Lock hospitals Punjab
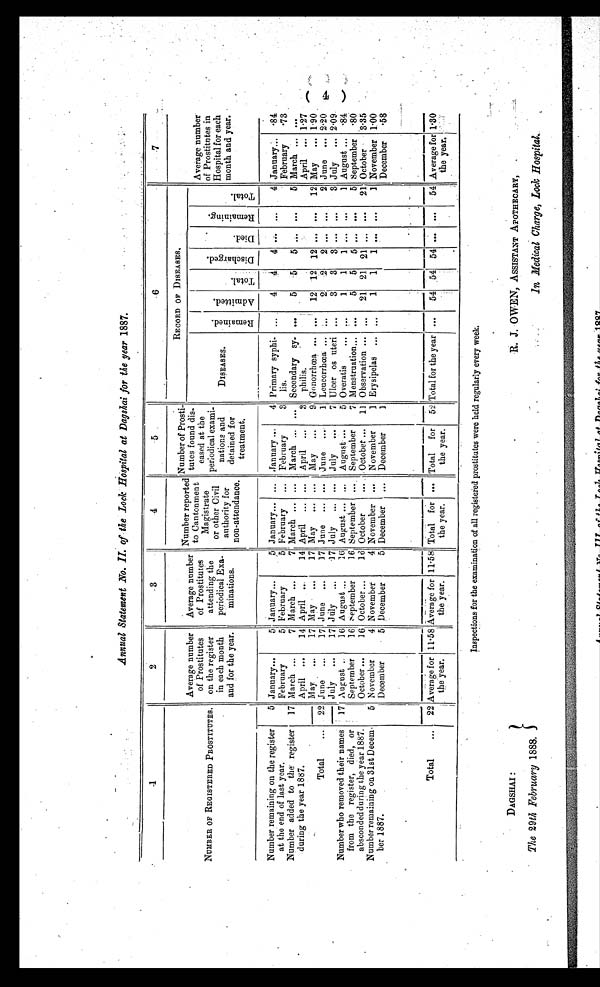
R. J. OWEN, ASSISTANT APOTHECARY,
in Medical Charge, Lock Hospital..
Annual Statement No. II. of the Lock Hospital at Dagshai for the year 1887.
1
2
3
4
5
6
7
NUMBER OF REGISTERED PROSTITUTES.
Average number
of Prostitutes
on the register
in each month
and for the year.
Average number
of Prostitutes
attending the
periodical Exa-
minations.
Number reported
to Cantonment
Magistrate
or other Civil
authority for
non-attendance.
Number of Prosti-
tutes found dis-
eased at the
periodical exami-
nations and
detained for
treatment.
RECORD OF DISEASES.
Average number
of Prostitutes in
Hospital for each
month and year.
DISEASES.
R e m a i n e d .
A d m i t t e d .
T o t a l .
D i s c h a r g e d .
D i e d .
R e m a i n i n g .
T o t a l .
Number remaining on the register
at the end of last year.
5 January...
5 January...
5 January... ... January ...
4 Primary syphi- ...
4
4
4
. . . ...
4 January...
. 81
February
5 February
5 February
... February
3 lis.
February
. 73
Number added to the register
during the year 1887.
17 March ...
7 March ..
7 March ... ...
March ... ... Secondary sy- ...
5
5
5 ...
. . .
5 March ... ...
April ...
14 April ...
14 April ... ...
April ...
3 philis.
April ... 1.27
M ay ...
17 May ...
17 May ... ...
May ...
9 Gonorrhœa ...
. . . 12 12 12 ... ...
12 May ... 1.90.
Total ...
22 June ...
17 June ...
17 June ... ... June ...
1 Leucorrhœa .. ...
2
2
2 ...
2 June ... 2.20
July ...
17 July ...
17 July ... ... July ...
7 Ulcer os uteri ...
3
3
3 ... ...
3 July ... 2.09
Number who removed their names
17 August ..
16 August ...
16 August ... ...
August ...
5 Overatis ...
. . .
1
1
1 ... ...
1 August ...
.84
from the register, died, or
absconded during the year 1887.
September
16 September
16 September
September
7 Menstruation... ...
5
5
5 ... ...
5 September
.80
October ...
16 October ...
16 October
October ...
11 Observation ... ...
21 21 21 ... ...
21 October
3.35
Number remaining on 31st Decem-
ber 1887.
5 November
4 November
4 November ...
November
1 Erysipelas .. ...
1
1
1 ... ...
1 November 1.00
December
5 December
5 December
... December
1
December
.58
Total
22 Average for
the year.
11.58 Average for
the year.
11.58 Total for
the year.
... Total for
the year.
52 Total for the year ...
54 54 54 ... ...
54 Average for
the year.
1.30
( 4 )
Inspections for the examination of, all registered prostitutes were held regularly every week.
DAGSHAI :
The 29th February 1888.